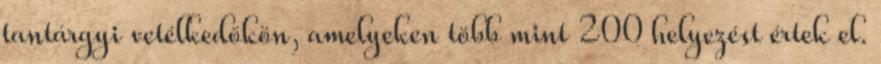
tantárgyi vetélkedőkön, amelyeken több mint 200 helyezést értek el.